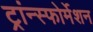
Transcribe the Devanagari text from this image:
ट्रांन्स्फोर्मेशन